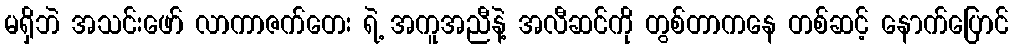
မရှိဘဲ အသင်းဖော် လာကာဇက်တေး ရဲ့ အကူအညီနဲ့ အလီဆင်ကို တွစ်တာကနေ တစ်ဆင့် နောက်ပြောင်